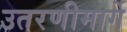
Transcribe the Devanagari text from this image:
उतरणीमार्गे